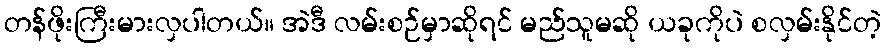
တန်ဖိုးကြီးမားလှပါတယ်။ အဲဒီ လမ်းစဉ်မှာဆိုရင် မည်သူမဆို ယခုကိုပဲ စလှမ်းနိုင်တဲ့